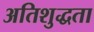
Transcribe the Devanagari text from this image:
अतिशुद्धता